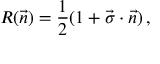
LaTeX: { \cal R } ( \vec { n } ) = { \frac { 1 } { 2 } } ( 1 + \vec { \sigma } \cdot \vec { n } ) \, ,